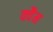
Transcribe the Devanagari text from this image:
क्वैम